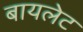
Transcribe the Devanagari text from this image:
बायलेट